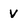
Character: V